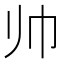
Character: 帅